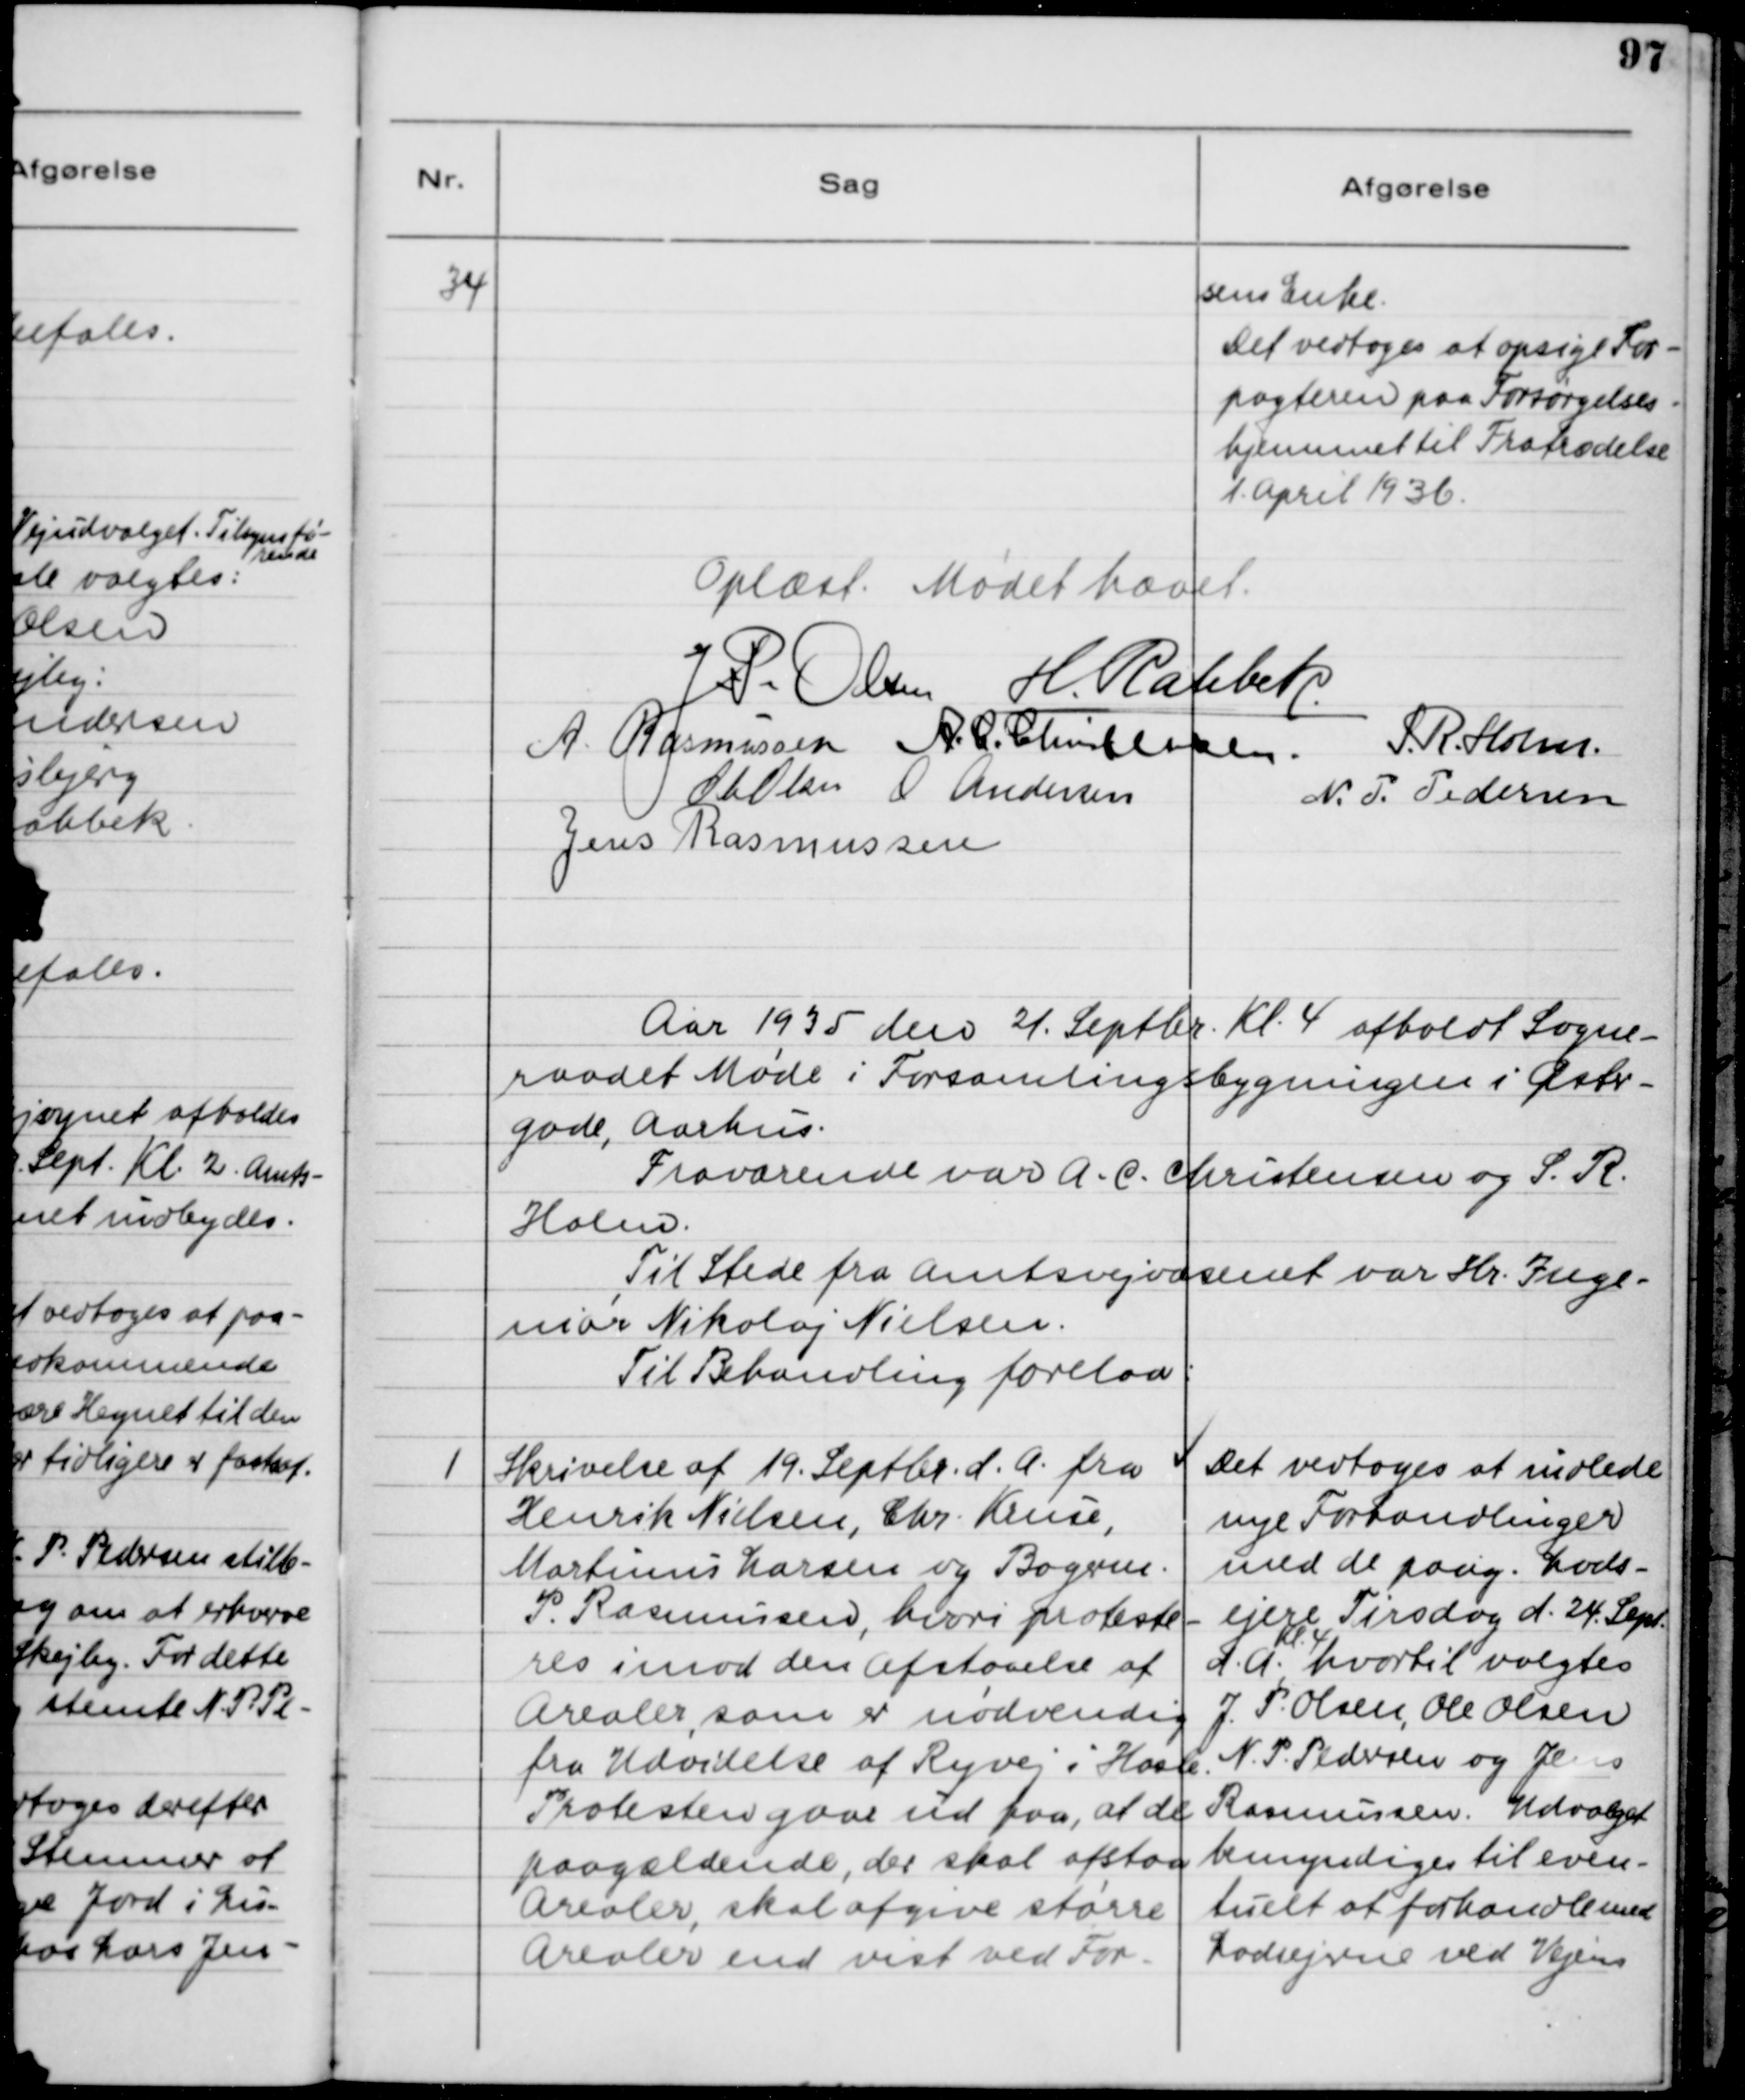
Transskription:
34

sens Enke.
Det vedtoges at opsige For-
pagteren paa Forsørgelses-
hjemmet til Fratrædelse
1. April 1936.

Oplæst. Mødet hævet.

Aar 1935 den 21. Septbr. Kl. 4 afholdt Sogne-
raadet Møde i Forsamlingsbygningen i Øster-
gade, Aarhus.
Fraværende var A. C. Christensen og S. R.
Holm.
Til Stede fra Amtsvejvæsenet var Hr. Inge-
niør Nikolaj Nielsen
Til Behandling forelaa:

1

Skrivelse af 19. Septbr. d.A. fra
Henrik Nielsen, Chr. Kruse,
Martinus Larsen og Bagerm. 
P. Rasmussen, hvori proteste-
res imod den Afstaaelse af
Arealer, som er nødvendig
fra Udvidelse af Ryvej i Hasle.
Protesten gaar ud paa, at de
paagældende, der skal afstaa
Arealer, skal afgive større
Arealer end vist ved For-

Det vedtoges at indlede
nye Forhandlinger 
med de paag. Lods-
ejere Tirsdag d. 24. Sept. 
Kl. 4
d.A. hvortil valgtes 
J. P. Olsen, Ole Olsen
N. P. Pedersen og Jens
Rasmussen. Udvalget
bemyndiges til even-
tuelt at forhandle med
Lodsejerne ved Vejens